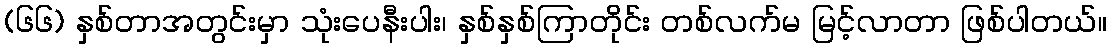
(၆၆) နှစ်တာအတွင်းမှာ သုံးပေနီးပါး၊ နှစ်နှစ်ကြာတိုင်း တစ်လက်မ မြင့်လာတာ ဖြစ်ပါတယ်။